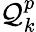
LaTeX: \mathcal{Q}_{k}^{p}